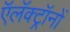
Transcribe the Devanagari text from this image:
ऍलॅक्ट्रॉनों